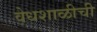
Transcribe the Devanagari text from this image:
वेधशाळीची